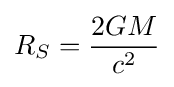
R_{S}={\frac {2GM}{c^{2}}}